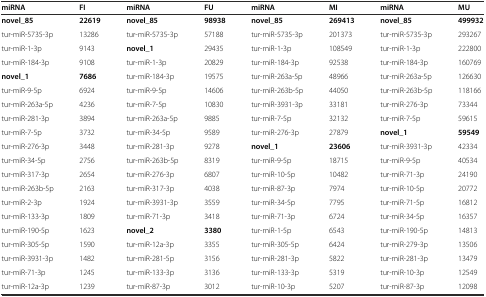
<table><thead><tr><td><b>miRNA</b></td><td><b>FI</b></td><td><b>miRNA</b></td><td><b>FU</b></td><td><b>miRNA</b></td><td><b>MI</b></td><td><b>miRNA</b></td><td><b>MU</b></td></tr></thead><tbody><tr><td><b>novel_85</b></td><td><b>22619</b></td><td><b>novel_85</b></td><td><b>98938</b></td><td><b>novel_85</b></td><td><b>269413</b></td><td><b>novel_85</b></td><td><b>499932</b></td></tr><tr><td>tur-miR-5735-3p</td><td>13286</td><td>tur-miR-5735-3p</td><td>57188</td><td>tur-miR-5735-3p</td><td>201373</td><td>tur-miR-5735-3p</td><td>293267</td></tr><tr><td>tur-miR-1-3p</td><td>9143</td><td><b>novel_1</b></td><td>29435</td><td>tur-miR-1-3p</td><td>108549</td><td>tur-miR-1-3p</td><td>222800</td></tr><tr><td>tur-miR-184-3p</td><td>9108</td><td>tur-miR-1-3p</td><td>20829</td><td>tur-miR-184-3p</td><td>92538</td><td>tur-miR-184-3p</td><td>160769</td></tr><tr><td><b>novel_1</b></td><td><b>7686</b></td><td>tur-miR-184-3p</td><td>19575</td><td>tur-miR-263a-5p</td><td>48966</td><td>tur-miR-263a-5p</td><td>126630</td></tr><tr><td>tur-miR-9-5p</td><td>6924</td><td>tur-miR-9-5p</td><td>14606</td><td>tur-miR-263b-5p</td><td>44050</td><td>tur-miR-263b-5p</td><td>118166</td></tr><tr><td>tur-miR-263a-5p</td><td>4236</td><td>tur-miR-7-5p</td><td>10830</td><td>tur-miR-3931-3p</td><td>33181</td><td>tur-miR-276-3p</td><td>73344</td></tr><tr><td>tur-miR-281-3p</td><td>3894</td><td>tur-miR-263a-5p</td><td>9885</td><td>tur-miR-7-5p</td><td>32132</td><td>tur-miR-7-5p</td><td>59615</td></tr><tr><td>tur-miR-7-5p</td><td>3732</td><td>tur-miR-34-5p</td><td>9589</td><td>tur-miR-276-3p</td><td>27879</td><td><b>novel_1</b></td><td><b>59549</b></td></tr><tr><td>tur-miR-276-3p</td><td>3448</td><td>tur-miR-281-3p</td><td>9278</td><td><b>novel_1</b></td><td><b>23606</b></td><td>tur-miR-3931-3p</td><td>42334</td></tr><tr><td>tur-miR-34-5p</td><td>2756</td><td>tur-miR-263b-5p</td><td>8319</td><td>tur-miR-9-5p</td><td>18715</td><td>tur-miR-9-5p</td><td>40534</td></tr><tr><td>tur-miR-317-3p</td><td>2654</td><td>tur-miR-276-3p</td><td>6807</td><td>tur-miR-10-5p</td><td>10482</td><td>tur-miR-71-3p</td><td>24190</td></tr><tr><td>tur-miR-263b-5p</td><td>2163</td><td>tur-miR-317-3p</td><td>4038</td><td>tur-miR-87-3p</td><td>7974</td><td>tur-miR-10-5p</td><td>20772</td></tr><tr><td>tur-miR-2-3p</td><td>1924</td><td>tur-miR-3931-3p</td><td>3559</td><td>tur-miR-34-5p</td><td>7795</td><td>tur-miR-71-5p</td><td>16812</td></tr><tr><td>tur-miR-133-3p</td><td>1809</td><td>tur-miR-71-3p</td><td>3418</td><td>tur-miR-71-3p</td><td>6724</td><td>tur-miR-34-5p</td><td>16357</td></tr><tr><td>tur-miR-190-5p</td><td>1623</td><td><b>novel_2</b></td><td><b>3380</b></td><td>tur-miR-1-5p</td><td>6543</td><td>tur-miR-190-5p</td><td>14813</td></tr><tr><td>tur-miR-305-5p</td><td>1590</td><td>tur-miR-12a-3p</td><td>3355</td><td>tur-miR-305-5p</td><td>6424</td><td>tur-miR-279-3p</td><td>13506</td></tr><tr><td>tur-miR-3931-3p</td><td>1482</td><td>tur-miR-281-5p</td><td>3156</td><td>tur-miR-281-3p</td><td>5822</td><td>tur-miR-281-3p</td><td>13479</td></tr><tr><td>tur-miR-71-3p</td><td>1245</td><td>tur-miR-133-3p</td><td>3136</td><td>tur-miR-133-3p</td><td>5319</td><td>tur-miR-10-3p</td><td>12549</td></tr><tr><td>tur-miR-12a-3p</td><td>1239</td><td>tur-miR-87-3p</td><td>3012</td><td>tur-miR-10-3p</td><td>5207</td><td>tur-miR-87-3p</td><td>12098</td></tr></tbody></table>